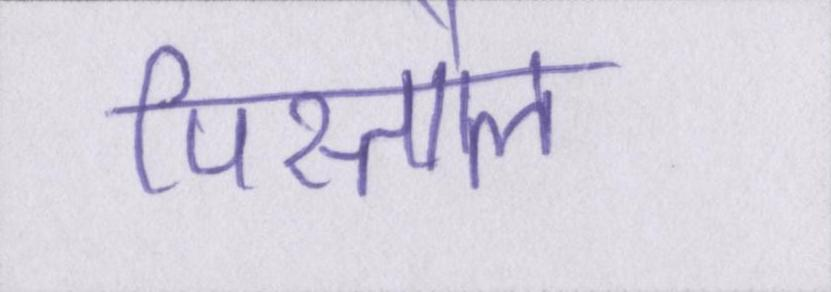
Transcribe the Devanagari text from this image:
पिस्तौल